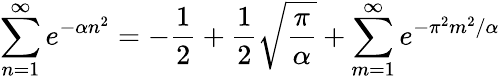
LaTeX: \sum_{n=1}^{\infty}e^{-\alpha n^{2}}=-{\frac{1}{2}}+{\frac{1}{2}}\sqrt{\frac{\pi}{\alpha}}+\sum_{m=1}^{\infty}e^{-\pi^{2}m^{2}/\alpha}